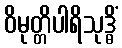
ဝိမုတ္တိပါရိသုဒ္ဓိံ